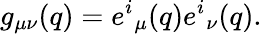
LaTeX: g_{\mu\nu}(q)={e^{i}}_{\mu}(q){e^{i}}_{\nu}(q).